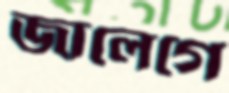
জালেগে